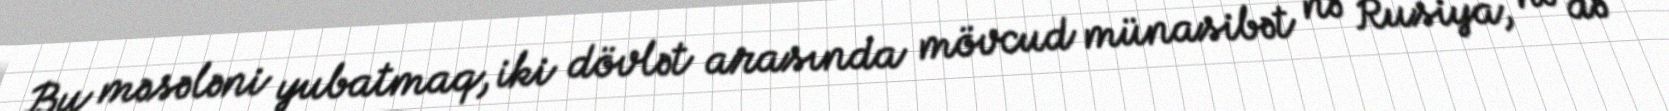
Bu məsələni yubatmaq, iki dövlət arasında mövcud münasibət nə Rusiya, nə də